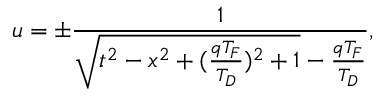
u = \pm \frac { 1 } { \sqrt { t ^ { 2 } - x ^ { 2 } + ( \frac { q T _ { F } } { T _ { D } } ) ^ { 2 } + 1 } - \frac { q T _ { F } } { T _ { D } } } ,